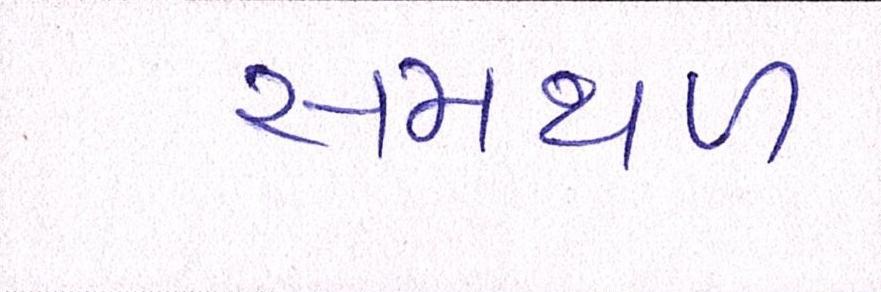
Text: સમથળ